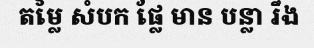
តម្លៃ សំបក ផ្លែ មាន បន្លា រឹង